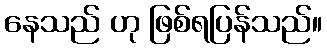
နေသည် ဟု ဖြစ်ရပြန်သည်။